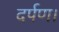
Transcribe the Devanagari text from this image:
दर्पण।